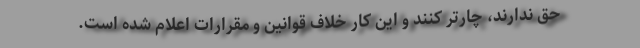
حق ندارند، چارتر کنند و این کار خلاف قوانین و مقرارات اعلام شده است.